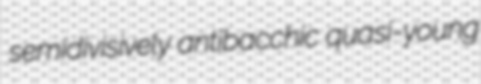
semidivisively antibacchic quasi-young